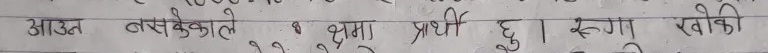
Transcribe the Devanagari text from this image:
आऊँत बसकेकाले व क्षमा प्रार्थी छु। रुमा खैकी